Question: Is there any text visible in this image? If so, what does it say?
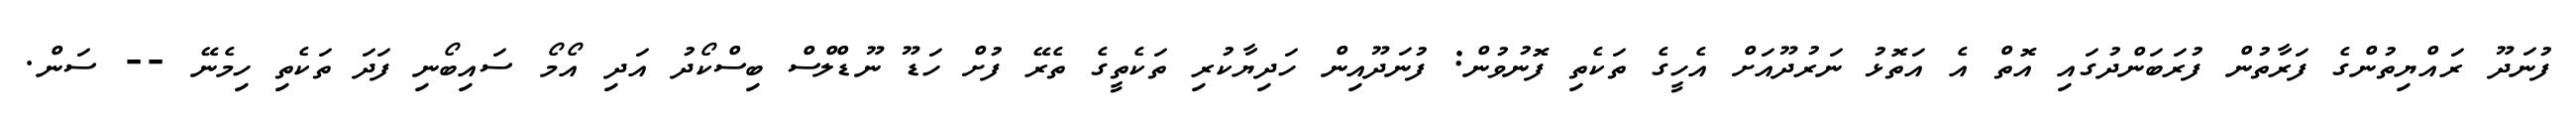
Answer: ފުނަދޫ ރައްޔިތުންގެ ފަރާތުން ފުރަބަންދުގައި އޮތް އެ އަތޮޅު ނަރުދޫއަށް އެހީގެ ތަކެތި ފޮނުވުން: ފުނަދޫއިން ހަދިޔާކުރި ތަކެތީގެ ތެރޭ ފުށް ހަޑޫ ނޫޑްލްސް ބިސްކޯދު އަދި އޯމޯ ސައިބޯނި ފަދަ ތަކެތި ހިމެނޭ -- ސަން.